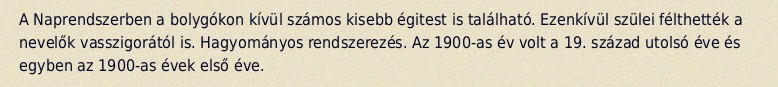
A Naprendszerben a bolygókon kívül számos kisebb égitest is található. Ezenkívül szülei félthették a nevelők vasszigorától is. Hagyományos rendszerezés. Az 1900-as év volt a 19. század utolsó éve és egyben az 1900-as évek első éve.